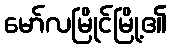
မော်လမြိုင်မြို့၏